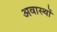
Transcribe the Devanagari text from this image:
अवास्थों